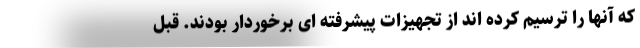
که آنها را ترسیم کرده اند از تجهیزات پیشرفته ای برخوردار بودند. قبل